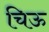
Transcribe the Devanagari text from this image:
चिऊ